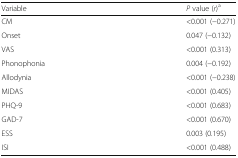
<table><thead><tr><td><b>Variable</b></td><td><b><i>P</i> value (<i>r</i>)<sup>a</sup></b></td></tr></thead><tbody><tr><td>CM</td><td>&lt;0.001 (−0.271)</td></tr><tr><td>Onset</td><td>0.047 (−0.132)</td></tr><tr><td>VAS</td><td>&lt;0.001 (0.313)</td></tr><tr><td>Phonophonia</td><td>0.004 (−0.192)</td></tr><tr><td>Allodynia</td><td>&lt;0.001 (−0.238)</td></tr><tr><td>MIDAS</td><td>&lt;0.001 (0.405)</td></tr><tr><td>PHQ-9</td><td>&lt;0.001 (0.683)</td></tr><tr><td>GAD-7</td><td>&lt;0.001 (0.670)</td></tr><tr><td>ESS</td><td>0.003 (0.195)</td></tr><tr><td>ISI</td><td>&lt;0.001 (0.488)</td></tr></tbody></table>